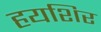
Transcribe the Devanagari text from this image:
हयशिर